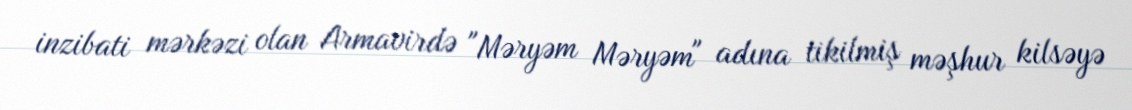
inzibati mərkəzi olan Armavirdə "Məryəm Məryəm" adına tikilmiş məşhur kilsəyə